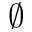
\emptyset